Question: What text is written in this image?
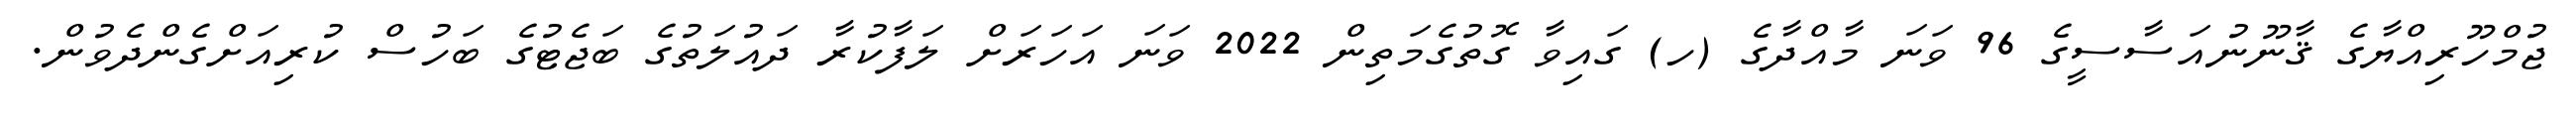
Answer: ޖުމްހޫރިއްޔާގެ ޤާނޫނުއަސާސީގެ 96 ވަނަ މާއްދާގެ (ހ) ގައިވާ ގޮތުގެމަތިން 2022 ވަނަ އަހަރަށް ލަފާކުރާ ދައުލަތުގެ ބަޖެޓުގެ ބަހުސް ކުރިއަށްގެންދެވުން.